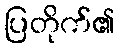
ပြတိုက်၏